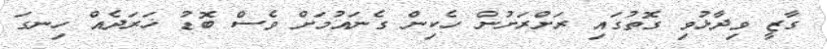
ގާޒީ ވިދާޅުވި ގޮތުގައި ރަށްރަށުން ހެކިން ގެނައުމަށް ވެސް ބޮޑު ޚަރަދެއް ހިނގަ